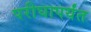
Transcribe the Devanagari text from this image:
परीघापर्यंत